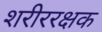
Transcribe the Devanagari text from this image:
शरीररक्षक